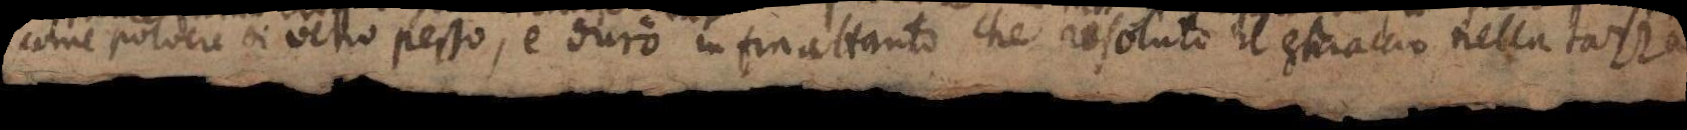
come poluere di vetro pesto, e durò infinattanto che risoluto il ghiaccio nella tazza